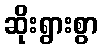
ဆိုးရွားစွာ